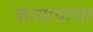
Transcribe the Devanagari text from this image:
कायावाचा